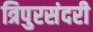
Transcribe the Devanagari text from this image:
त्रिपुरसंदरी